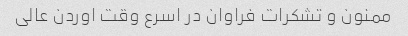
ممنون و تشکرات فراوان در اسرع وقت اوردن عالی